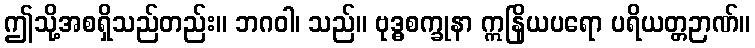
ဤသို့အစရှိသည်တည်း။ ဘဂဝါ၊ သည်။ ဗုဒ္ဓစက္ခုနာ ဣနြိယပရော ပရိယတ္တဉာဏ်။